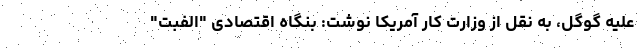
علیه گوگل، به نقل از وزارت کار آمریکا نوشت: بنگاه اقتصادی "الفبت"